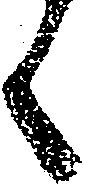
く